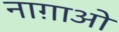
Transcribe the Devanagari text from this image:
नाग़ाओ